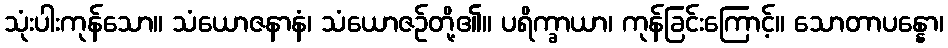
သုံးပါးကုန်သော။ သံယောဇနာနံ၊ သံယောဇဉ်တို့၏။ ပရိက္ခာယာ၊ ကုန်ခြင်းကြောင့်။ သောတာပန္နော၊